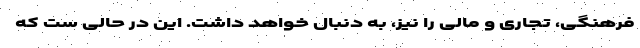
فرهنگی، تجاری و مالی را نیز، به دنبال خواهد داشت. این در حالی ست که